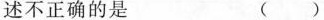
述不正确的是 ( )